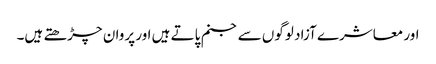
اور معاشرے آزاد لوگوں سے جنم پاتے ہیں اور پروان چڑھتے ہیں۔